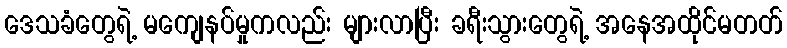
ဒေသခံတွေရဲ့ မကျေနပ်မှုကလည်း များလာပြီး ခရီးသွားတွေရဲ့ အနေအထိုင်မတတ်